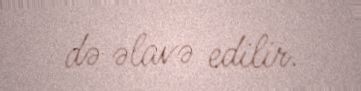
də əlavə edilir.